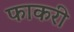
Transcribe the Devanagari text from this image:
फाकरी